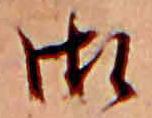
御